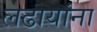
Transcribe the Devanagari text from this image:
लढायांना